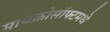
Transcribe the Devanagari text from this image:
मायक्रोसॉफ्टमधे